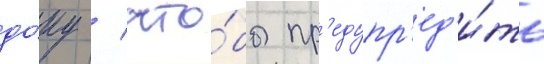
до́ку / что́бы пр'едупр'ед'и́ть